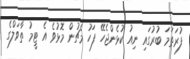
ފުރަތަމަ ބުރުގައި ނިއު ކުޅެންޖެހޭ ފަހު މެޗުން މޮޅުވެ އެ ޓީމު ތާވަލްގެ